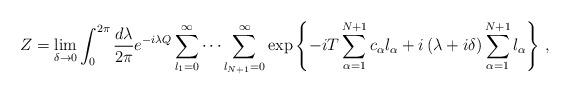
LaTeX: \begin{align*}Z=\lim_{\delta\to0}\int^{2\pi}_0{d\lambda\over2\pi}e^{-i\lambda Q}\sum^\infty_{l_1=0}\cdots\sum^\infty_{l_{N+1}=0}\exp{\left\{{-iT\sum^{N+1}_{\alpha=1}c_\alpha l_\alpha +i\left(\lambda+i\delta\right)\sum^{N+1}_{\alpha=1}l_\alpha}\right\}}\ ,\end{align*}